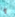
إذا